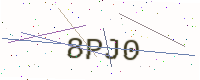
Text: 8PJ0